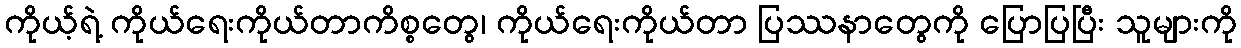
ကိုယ့်ရဲ့ ကိုယ်ရေးကိုယ်တာကိစ္စတွေ၊ ကိုယ်ရေးကိုယ်တာ ပြဿနာတွေကို ပြောပြပြီး သူများကို